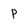
Character: P